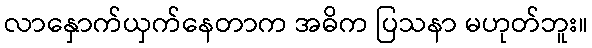
လာနှောက်ယှက်နေတာက အဓိက ပြသနာ မဟုတ်ဘူး။